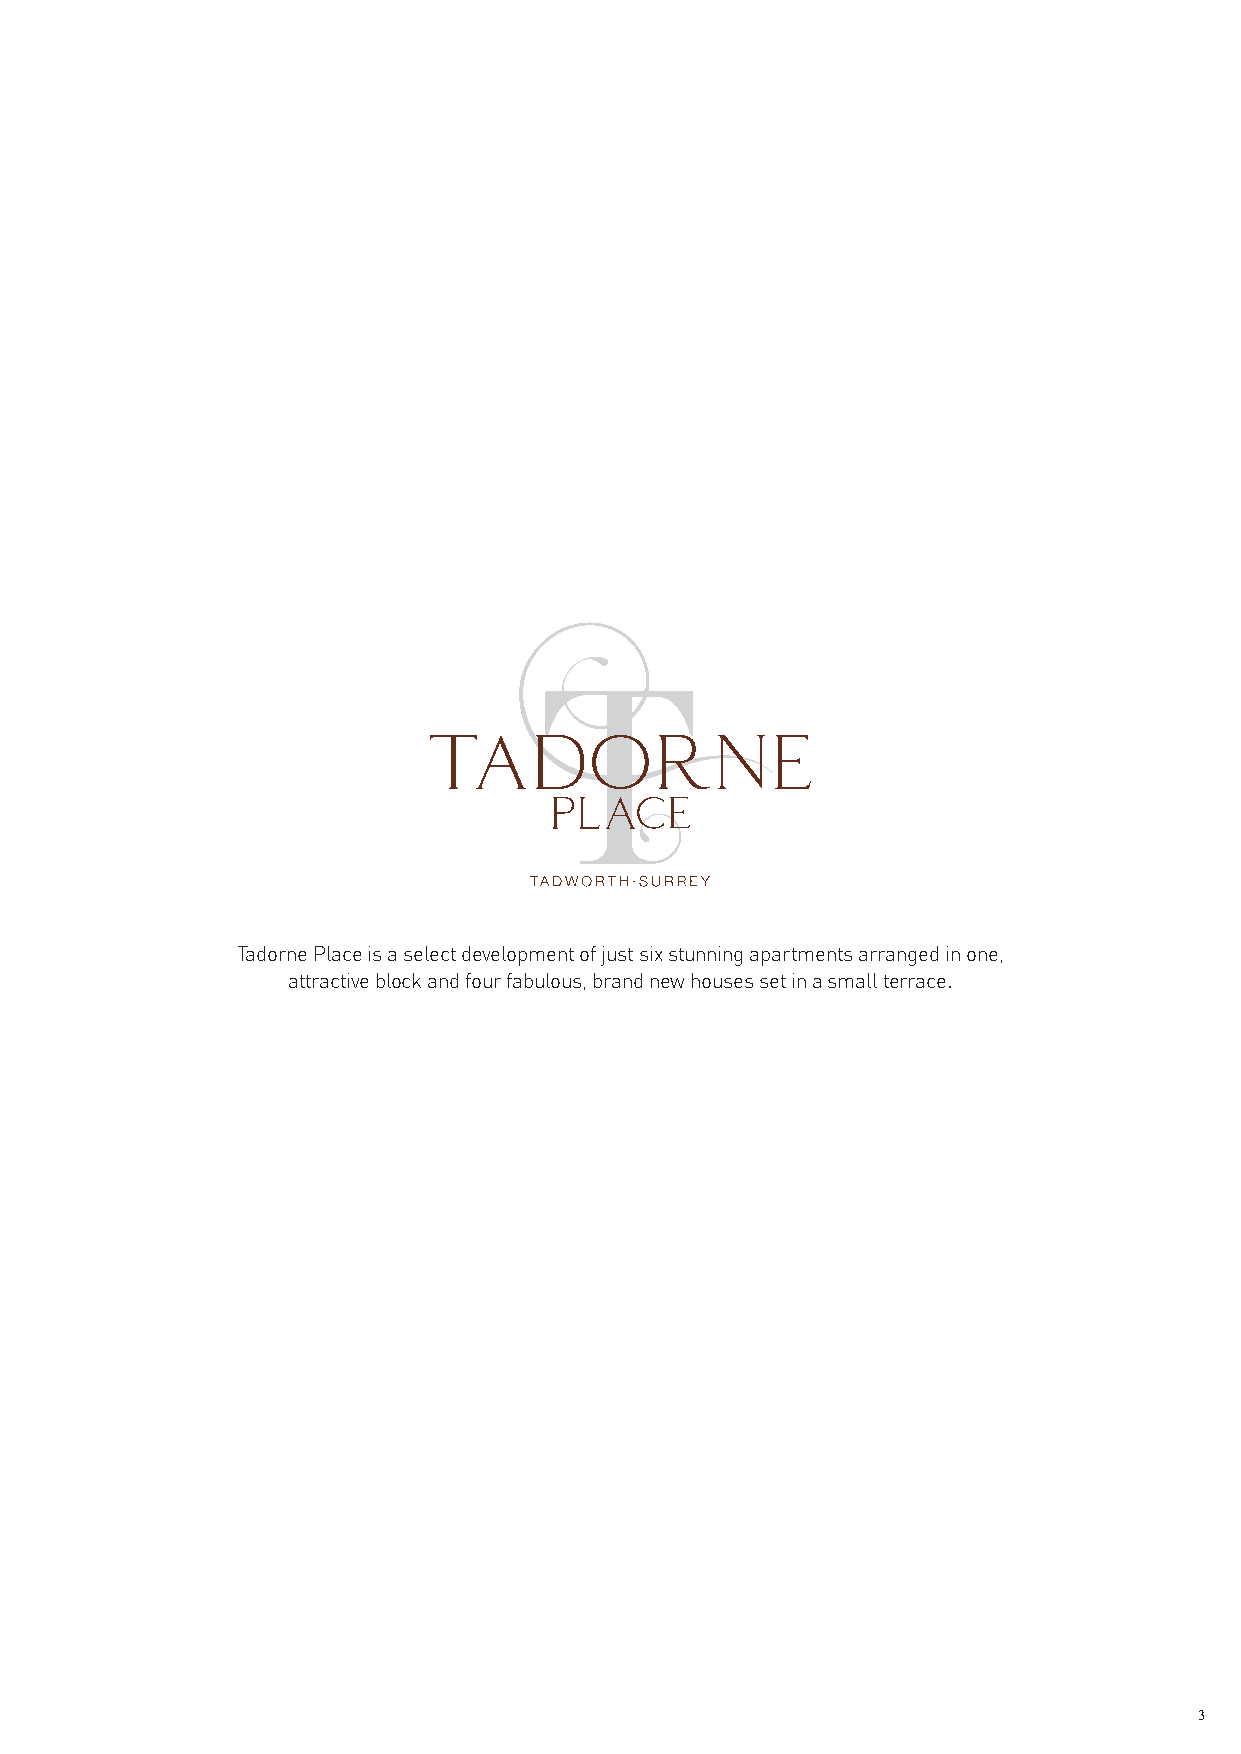
Tadorne Place is a select development of just six stunning apartments arranged in one,
 attractive block and four fabulous, brand new houses set in a small terrace.
 3